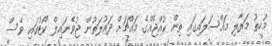
މުހީތު މަރާލި މައްސަލައިގައި ތިން ކުއްޖެއްގެ މައްޗަށް ދައުލަތުން ޖުވެނައިލް ކޯޓުގައި ވެސް